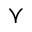
\curlyvee